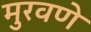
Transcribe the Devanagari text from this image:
मुरवणे